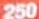
250